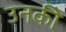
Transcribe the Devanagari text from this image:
उनकीे